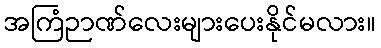
အကြံဉာဏ်လေးများပေးနိုင်မလား။